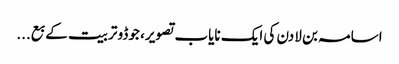
اسامہ بن لادن کی ایک نایاب تصویر، جوڈو تربیت کے بع...